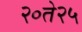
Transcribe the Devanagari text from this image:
२०ते२५